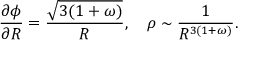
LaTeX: \frac { \partial \phi } { \partial { \cal R } } = \frac { \sqrt { 3 ( 1 + \omega ) } } { { \cal R } } , ~ ~ ~ \rho \sim \frac { 1 } { { \cal R } ^ { 3 ( 1 + \omega ) } } .